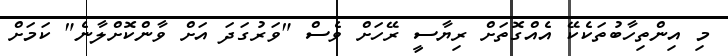
މި އިންތިހާބުތަކެކޭ އެއްގޮތަށް ރިޔާސީ ރޭހަށް ވެސް "ވަރުގަދަ އަށް ވާންކޮށްލާނެ" ކަމަށް